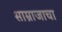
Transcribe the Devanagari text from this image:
साम्राजाचा